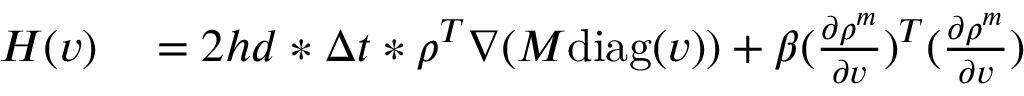
\begin{array} { r l } { H ( v ) } & { { } = 2 h d * \Delta t * \rho ^ { T } \nabla ( M \mathrm { d i a g } ( v ) ) + \beta ( \frac { \partial \rho ^ { m } } { \partial v } ) ^ { T } ( \frac { \partial \rho ^ { m } } { \partial v } ) } \end{array}